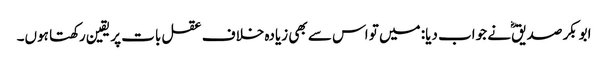
ابوبکر صدیقؓ نے جواب دیا: میں تو اس سے بھی زیادہ خلاف عقل بات پر یقین رکھتا ہوں۔